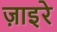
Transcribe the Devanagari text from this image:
ज़ाइरे